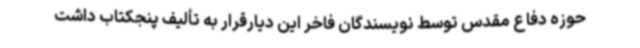
حوزه دفاع مقدس توسط نویسندگان فاخر این دیارقرار به تألیف پنجکتاب داشت